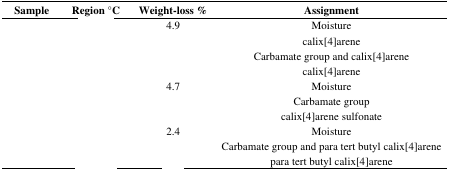
<table><thead><tr><td><b>Sample</b></td><td><b>Region °C</b></td><td><b>Weight-loss %</b></td><td><b>Assignment</b></td></tr></thead><tbody><tr><td rowspan="4">[EMPTY_CELL]</td><td>[EMPTY_CELL]</td><td>4.9</td><td>Moisture</td></tr><tr><td>[EMPTY_CELL]</td><td>[EMPTY_CELL]</td><td>calix[4]arene</td></tr><tr><td>[EMPTY_CELL]</td><td>[EMPTY_CELL]</td><td>Carbamate group and calix[4]arene</td></tr><tr><td>[EMPTY_CELL]</td><td>[EMPTY_CELL]</td><td>calix[4]arene</td></tr><tr><td rowspan="3">[EMPTY_CELL]</td><td>[EMPTY_CELL]</td><td>4.7</td><td>Moisture</td></tr><tr><td>[EMPTY_CELL]</td><td>[EMPTY_CELL]</td><td>Carbamate group</td></tr><tr><td>[EMPTY_CELL]</td><td>[EMPTY_CELL]</td><td>calix[4]arene sulfonate</td></tr><tr><td rowspan="3">[EMPTY_CELL]</td><td>[EMPTY_CELL]</td><td>2.4</td><td>Moisture</td></tr><tr><td>[EMPTY_CELL]</td><td>[EMPTY_CELL]</td><td>Carbamate group and para tert butyl calix[4]arene</td></tr><tr><td>[EMPTY_CELL]</td><td>[EMPTY_CELL]</td><td>para tert butyl calix[4]arene</td></tr></tbody></table>